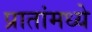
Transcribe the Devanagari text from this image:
प्रातांमध्ये